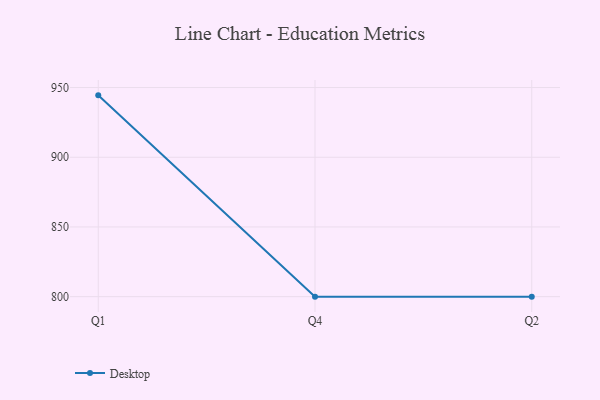
{"axis": {"x": "Quarter", "y": "Waste Production (Tons)"}, "legend": ["Desktop"], "data": [{"x": "Q1", "y": 944.4, "type": "Desktop"}, {"x": "Q4", "y": 800, "type": "Desktop"}, {"x": "Q2", "y": 800, "type": "Desktop"}]}